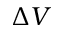
\Delta V